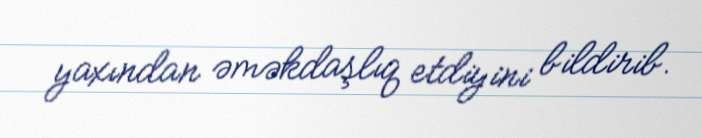
yaxından əməkdaşlıq etdiyini bildirib.